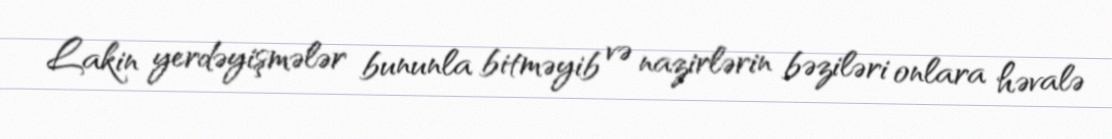
Lakin yerdəyişmələr bununla bitməyib və nazirlərin bəziləri onlara həvalə